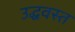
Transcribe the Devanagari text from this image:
उद्धवस्त